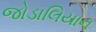
જોડાલિયાન